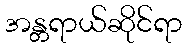
အန္တရာယ်ဆိုင်ရာ